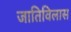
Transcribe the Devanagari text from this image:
जातिविलास